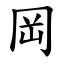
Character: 岡